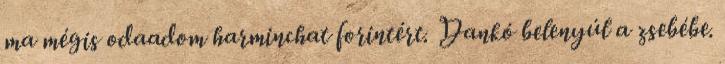
ma mégis odaadom harminchat forintért. Dankó belenyúl a zsebébe.